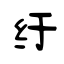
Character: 纡